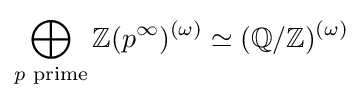
\bigoplus _{p{\text{ prime}}}\mathbb {Z} (p^{\infty })^{(\omega )}\simeq (\mathbb {Q} /\mathbb {Z} )^{(\omega )}